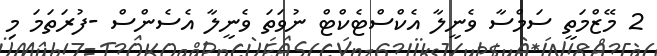
2 މޭޒްމަތީ ސަމްސާ ވެނީލާ އެކްސްޓެކްޓް ނުވަތަ ވެނީލާ އެސެންސް -ފުރަތަމަ މި